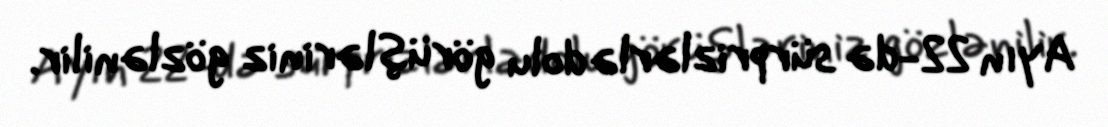
Ayın 22-də sürprizlərlə dolu görüşləriniz gözlənilir.